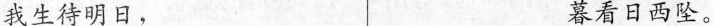
我生待明日， 暮看日西坠。